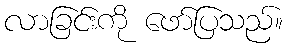
လာခြင်းကို ဖော်ပြသည်။